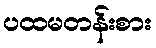
ပထမတန်းစား